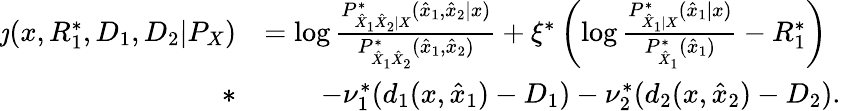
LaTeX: \begin{array}{rl}{\jmath(x,R_{1}^{*},D_{1},D_{2}|P_{X})}&{=\log\frac{P_{\hat{X}_{1}\hat{X}_{2}|X}^{*}(\hat{x}_{1},\hat{x}_{2}|x)}{P_{\hat{X}_{1}\hat{X}_{2}}^{*}(\hat{x}_{1},\hat{x}_{2})}+\xi^{*}\left(\log\frac{P_{\hat{X}_{1}|X}^{*}(\hat{x}_{1}|x)}{P_{\hat{X}_{1}}^{*}(\hat{x}_{1})}-R_{1}^{*}\right)}\\ {*}&{\qquad-\nu_{1}^{*}(d_{1}(x,\hat{x}_{1})-D_{1})-\nu_{2}^{*}(d_{2}(x,\hat{x}_{2})-D_{2}).}\end{array}